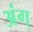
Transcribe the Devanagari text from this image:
अंग्